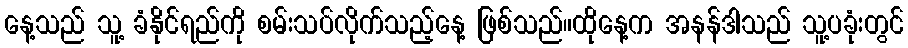
နေ့သည် သူ့ ခံနိုင်ရည်ကို စမ်းသပ်လိုက်သည့်နေ့ ဖြစ်သည်။ထိုနေ့က အနန်ဒါသည် သူ့ပခုံးတွင်